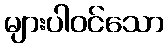
များပါဝင်သော